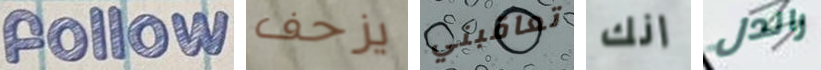
follow يزحف تعاقبني انك راندل